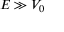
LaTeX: E \gg V _ { 0 }